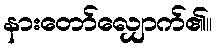
နားတော်လျှောက်၏။